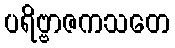
ပရိဗ္ဗာဇကသတေ